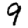
Digit: 9